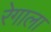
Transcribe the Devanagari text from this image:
रेगाला